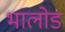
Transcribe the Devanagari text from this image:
भालोड